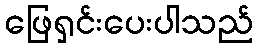
ဖြေရှင်းပေးပါသည်